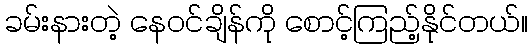
ခမ်းနားတဲ့ နေဝင်ချိန်ကို စောင့်ကြည့်နိုင်တယ်။